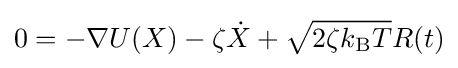
0=-\nabla U(X)-\zeta {\dot {X}}+{\sqrt {2\zeta k_{\text{B}}T}}R(t)